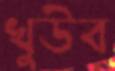
খুউব